Jaan_Tonisson_(Lasteleht), lk 150
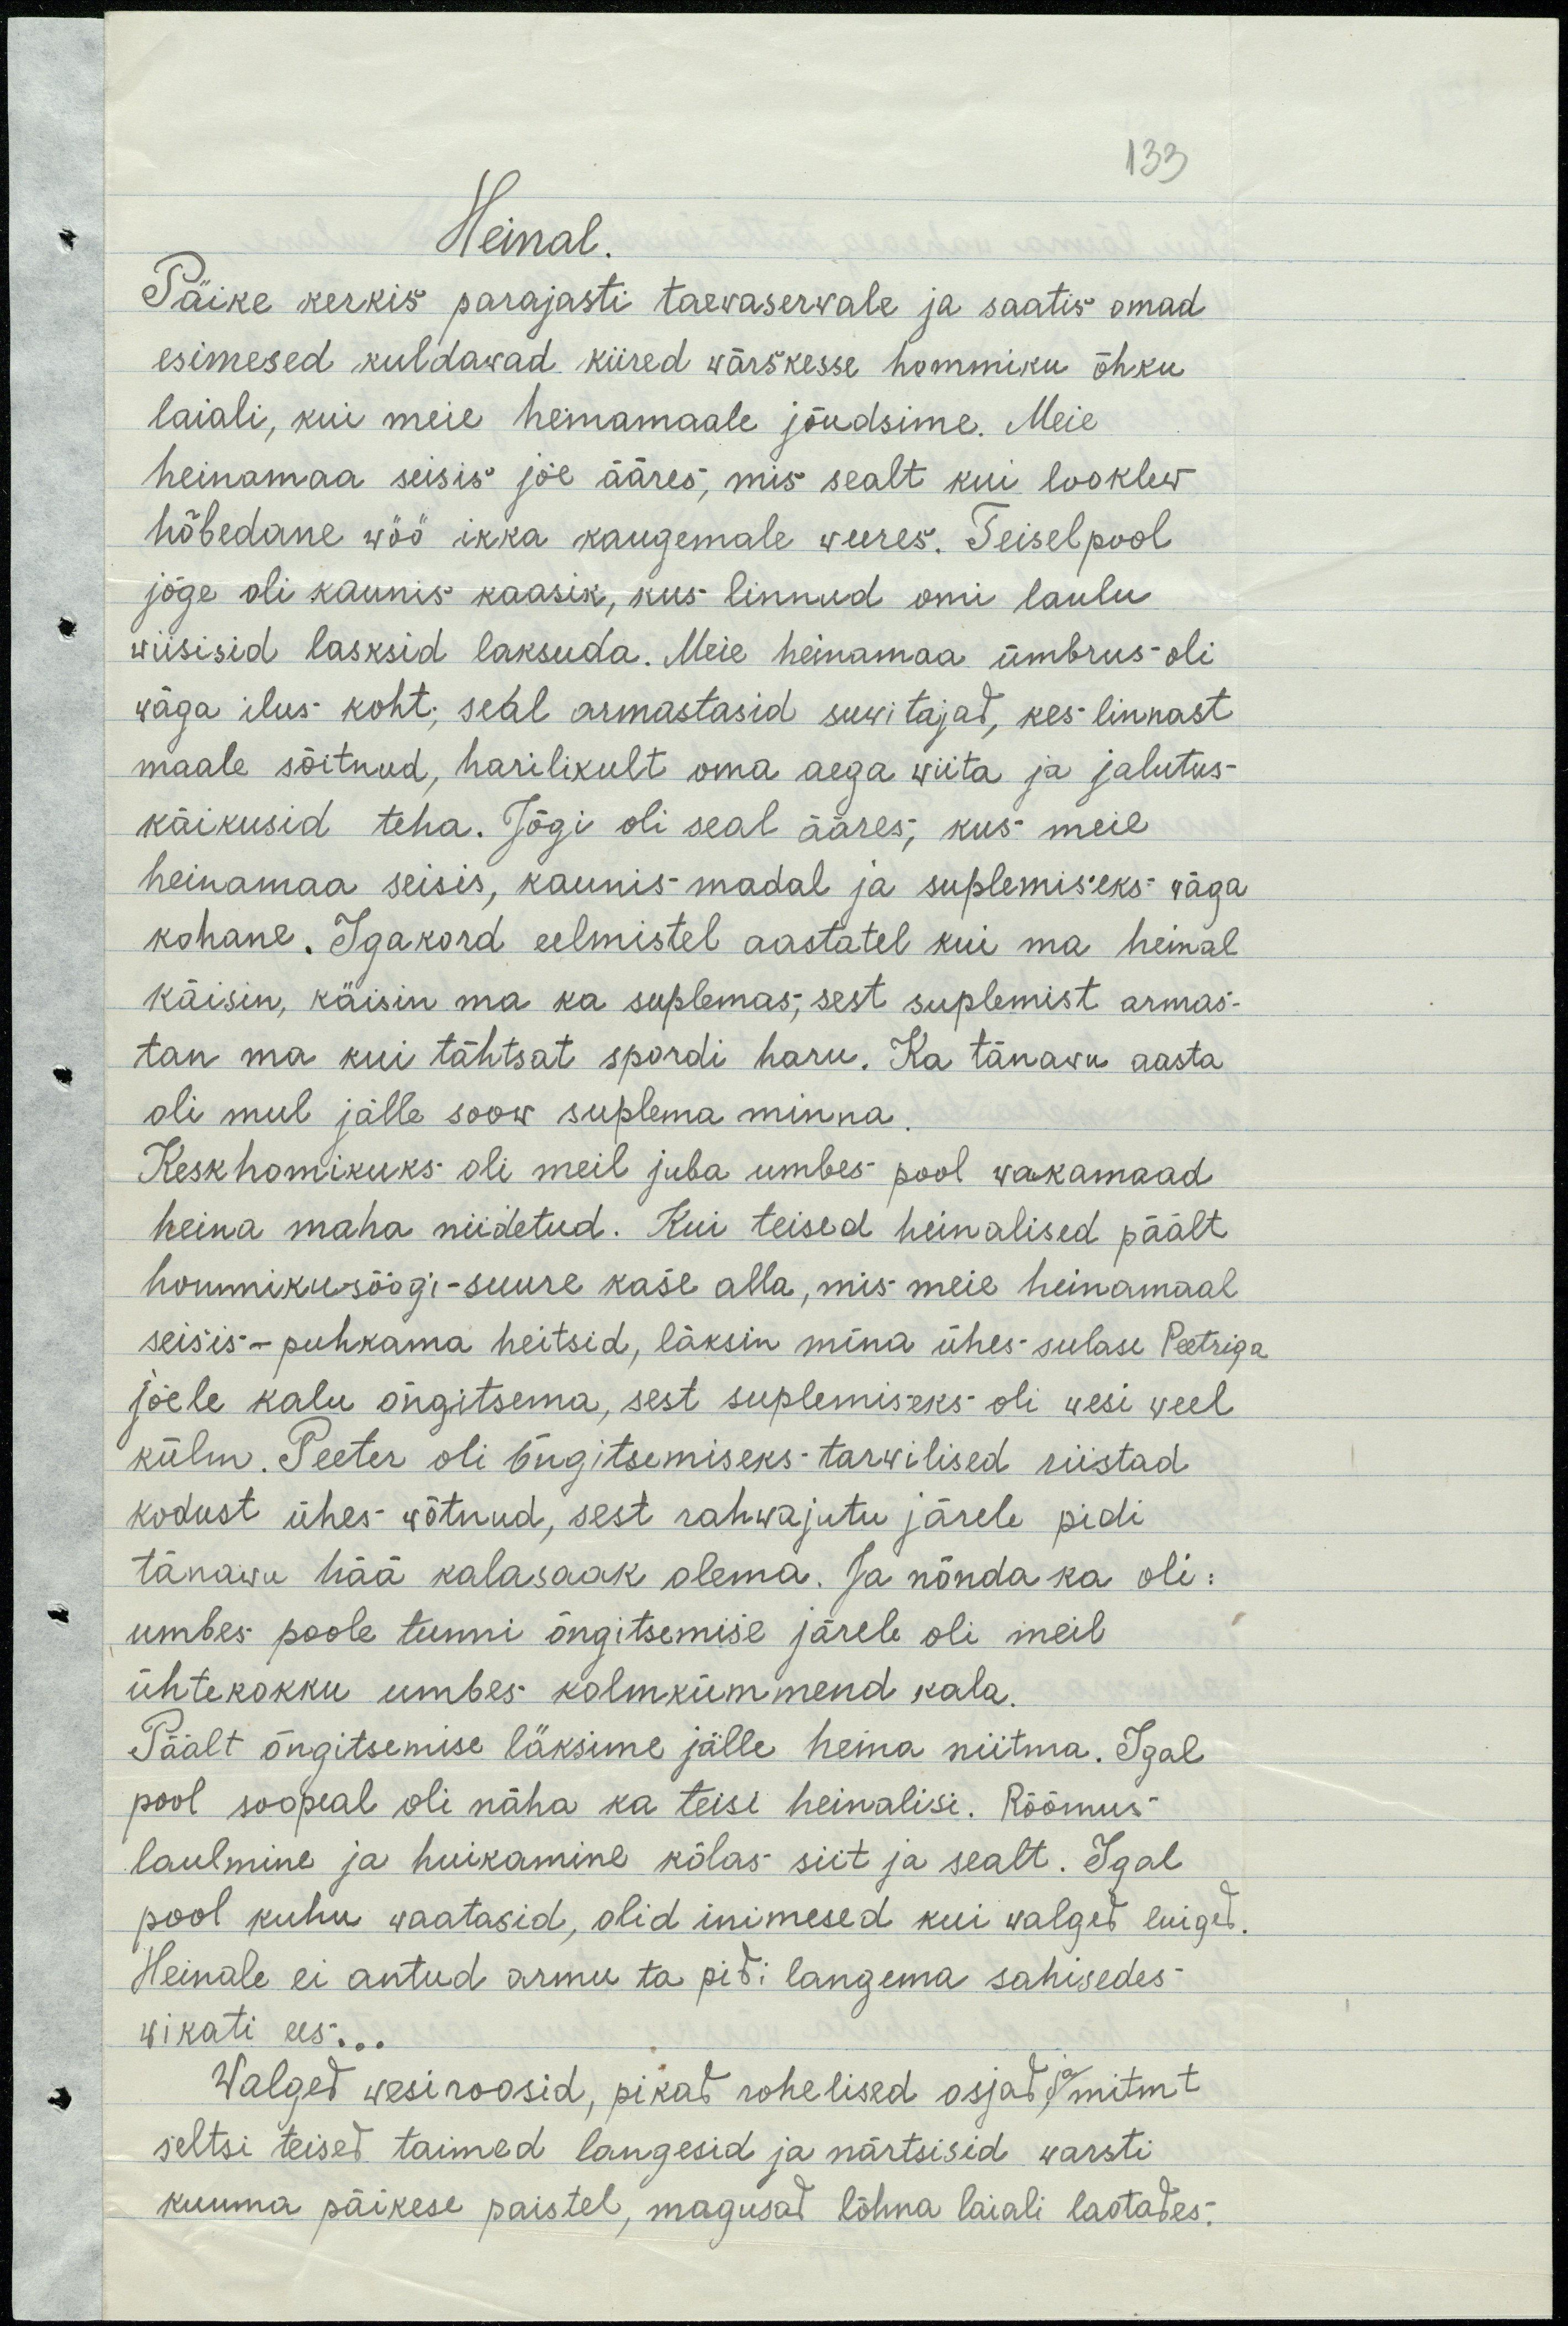
133
Heinal.
Päike kerkis parajasti taewaserwale ja saatis omad
esimesed kuldawad kiired wärskesse hommiku õhku
laiali, kui meie heinamaale jõudsime. Meie
heinamaa seisis jõe ääres, mis sealt kui looklew
hõbedane wöö ikka kaugemale weeres. Teiselpool
jõge oli kaunis kaasik, kus linnud omi laulu
wiisisid lasksid laksuda. Meie heinamaa ümbrus oli
wäga ilus koht, seal armastasid suwitajad, kes linnast
maale sõitnud, harilikult oma aega wiita ja jalutus-
käikusid teha. Jõgi oli seal ääres, kus meie
heinamaa seisis, kaunis madal ja suplemiseks wäga
kohane. Igakord eelmistel aastatel kui ma heinal
käisin, käisin ma ka suplemas, sest suplemist armas-
tan ma kui tähtsat spordi haru. Ka tänawu aasta
oli mul jälle soow suplema minna.
Keskhommikuks oli meil juba umbes pool wakamaad
heina maha niidetud. Kui teised heinalised päält
hommikusöögi suure kase alla, mis meie heinamaal
seisis puhkama heitsid, läksin mina ühes sulase Peetriga
jõele kalu õngitsema, sest suplemiseks oli wesi weel
külm. Peeter oli õngitsemiseks tarwilised riistad
kodust ühes võtnud, sest rahwajutu järele pidi
tänawu hää kalasaaki olema. Ja nõnda ka oli:
umbes poole tunni õngitsemise järele oli meil
ühtekokku umbes kolmkümmend kala.
Päält õngitsemise läksima jälle heina niitma. Igal
pool soopeal oli näha ka teisi heinalisi. Rõõmus
laulmine ja huikamine kõlas siit ja sealt. Igal
pool kuhu waatasid, olid inimesed kui walged luiged.
Heinale ei antud armu ta pidi langema sahisedes
wikati ees...
Walged vesiroosid, pikad rohelised osjad ja mitmt
seltsi teised taimed langesid ja närtsisid warsti
kuuma päikese paistel, magusad lõhna laiali laotades.